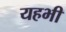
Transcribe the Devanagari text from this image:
यहभी